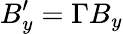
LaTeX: B_{y}^{\prime}=\Gamma B_{y}